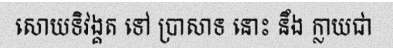
សោយទិវង្គត ទៅ ប្រាសាទ នោះ នឹង ក្លាយជា